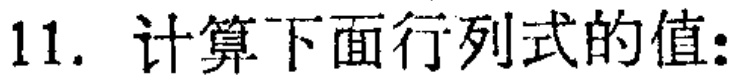
11. 计算下面行列式的值：